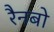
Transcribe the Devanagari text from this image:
रैनबो